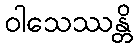
ဝါသေဿန္တိ